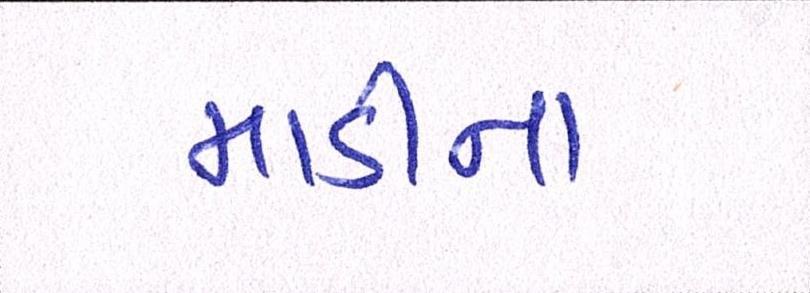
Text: માડીના